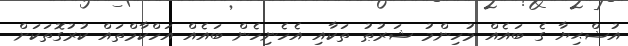
އުޟްޙިޔާ ގެ ބައެއް މުހިންމު ޝަރުޠު ތަކާއި އެހެނިހެން ބައެއް އަހްކާމްތައް ކުރުގޮތަކަށް